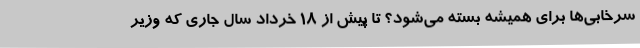
سرخابی‌ها برای همیشه بسته می‌شود؟ تا پیش از 18 خرداد سال جاری که وزیر